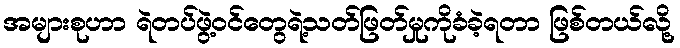
အများစုဟာ ရဲတပ်ဖွဲ့ဝင်တွေရဲ့သတ်ဖြတ်မှုကိုခံခဲ့ရတာ ဖြစ်တယ်လို့